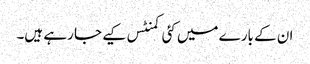
ان کے بارے میں کئی کمنٹس کیے جا رہے ہیں۔